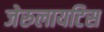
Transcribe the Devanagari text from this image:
जेरुलायटिस